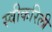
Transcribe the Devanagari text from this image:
स्वीकरिली